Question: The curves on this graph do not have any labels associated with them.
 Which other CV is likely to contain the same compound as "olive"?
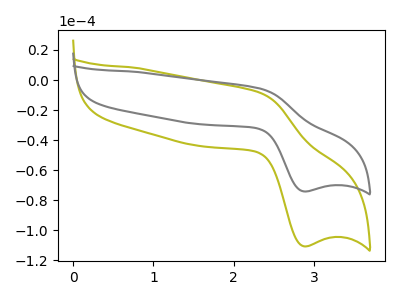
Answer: <think>The olive curve "olive" has an anodic peak at (2.35V, -8.55uA) and a cathodic peak at (2.90V, -110.75uA). The gray curve "gray" has an anodic peak at (2.35V, -5.75uA) and a cathodic peak at (2.90V, -74.20uA).
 All the peaks in "olive" have a peak in "gray" at the same potential.</think>
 <answer>The CV with the most similar shape to "gray" is "olive".</answer>
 <eval>"olive"</eval>